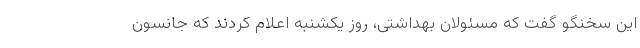
این سخنگو گفت که مسئولان بهداشتی، روز یکشنبه اعلام کردند که جانسون